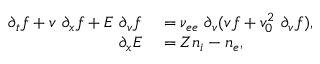
\begin{array} { r l } { \partial _ { t } f + v ~ \partial _ { x } f + E ~ \partial _ { v } f } & { { } = \nu _ { e e } ~ \partial _ { v } ( v f + v _ { 0 } ^ { 2 } ~ \partial _ { v } f ) , } \\ { \partial _ { x } E } & { { } = Z n _ { i } - n _ { e } , } \end{array}